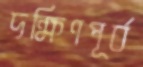
দক্ষিণপূর্ব